Annual report on the Civil Veterinary Department, Burma (including the Insein Veterinary School) - 1910-1922
Year: 1910
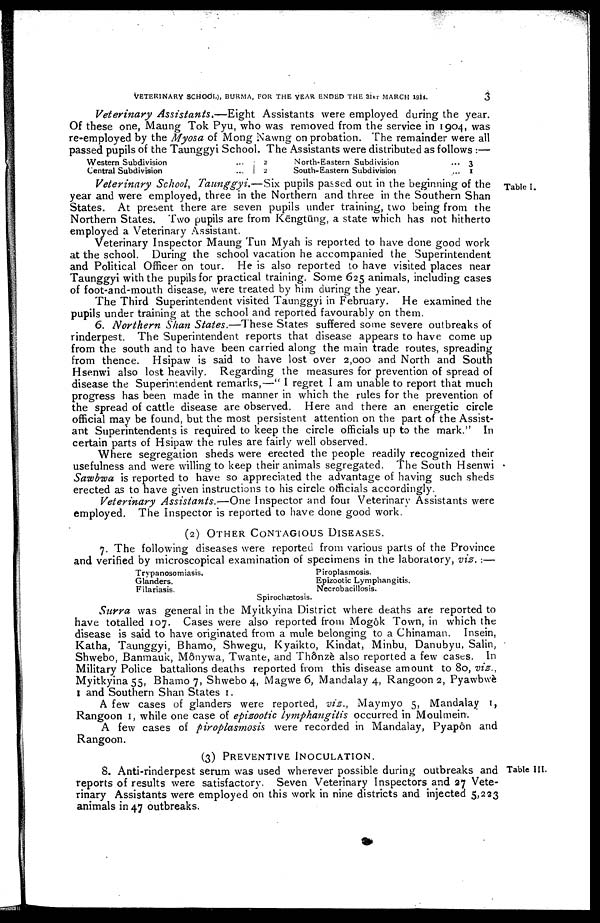
VETERINARY SCHOOL). BURMA, FOR THE YEAR ENDED THE 31st MARCH 1914.
Veterinary Assistants.—Eight
Assistants were employed during the year.
Of these one, Maung Tok Pyu, who was removed from the service in 1904, was
re-employed by the Myosa of Mong Nawng on probation. The remainder were all
passed pupils of the Taunggyi School. The Assistants were distributed as follows :—
Western Subdivision
Central Subdivision
... 2
... 2
North-Eastern Subdivision
South-Eastern Subdivision
... 3
...
Table I.
Veterinary School Taunggyi.—Six pupils passed out in the beginning of the
year and were employed, three in the Northern and three in the Southern Shan
States. At present there are seven pupils under training, two being from the
Northern States. Two pupils are from Kēngtūng, a state which has not hitherto
employed a Veterinary Assistant.
Veterinary Inspector Maung Tun Myah is reported to have done good work
at the school. During the school vacation he accompanied the Superintendent
and Political Officer on tour. He is also reported to have visited places near
Taunggyi with the pupils for practical training. Some 625 animals, including cases
of foot-and-mouth disease, were treated by him during the year.
The Third Superintendent visited Taunggyi in February. He examined the
pupils under training at the school and reported favourably on them.
6. Northern Shan States.—These States suffered some severe outbreaks of
rinderpest. The Superintendent reports that disease appears to have come up
from the south and to have been carried along the main trade routes, spreading
from thence. Hsipaw is said to have lost over 2,000 and North and South
Hsenwi also lost heavily. Regarding the measures for prevention of spread of
disease the Superintendent remarks,—" I regret I am unable to report that much
progress has been made in the manner in which the rules for the prevention of
the spread of cattle disease are observed. Here and there an energetic circle
official may be found, but the most persistent attention on the part of the Assist
ant Superintendents is required to keep the circle officials up to the mark." In
certain parts of Hsipaw the rules are fairly well observed.
Where segregation sheds were erected the people readily recognized their
usefulness and were willing to keep their animals segregated. The South Hsenwi
Sawbwa is reported to have so appreciated the advantage of having such sheds
erected as to have given instructions to his circle officials accordingly.
Veterinary Assistants.—One
Inspector and four Veterinary Assistants were
employed. The Inspector is reported to have done good work.
(2) OTHER CONTAGIOUS DISEASES.
7. The following diseases were reported from various parts of the Province
and verified by microscopical examination of specimens in the laboratory, viz. :—
Trypanosomiasis.
Glanders.
Filariasis.
Spirochætosis.
Piroplasmosis.
Epizootic Lymphangitis.
Necrobacillosis.
Surra was general in the Myitkyina District where deaths are reported to
have totalled 107. Cases were also reported from Mogôk Town, in which the
disease is said to have originated from a mule belonging to a Chinaman. Insein,
Katha, Taunggyi, Bhamo, Shwegu, Kyaikto, Kindat, Minbu, Danubyu, Salin,
Shwebo, Banmauk, Mônywa, Twante, and Thônze also reported a few cases. In
Military Police battalions deaths reported from this disease amount to 80, viz.,
Myitkyina 55, Bhamo 7, Shwebo 4, Magwe 6, Mandalay 4, Rangoon 2, Pyawbwè
I and Southern Shan States 1.
A few cases of glanders were reported, viz., Maymyo 5, Mandalay 1,
Rangoon 1, while one case of epizootic lymphangitis occurred in Moulmein.
A few cases of piroplasmosis
were recorded in Mandalay, Pyapôn and
Rangoon.
(3) PREVENTIVE INOCULATION.
Table III.
8. Anti-rinderpest serum was used wherever possible during outbreaks and
reports of results were satisfactory. Seven Veterinary Inspectors and 27 Vete-
rinary Assistants were employed on this work in nine districts and injected 5,223
animals in 47 outbreaks.